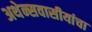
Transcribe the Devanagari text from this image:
अथेन्सवासीयांचा